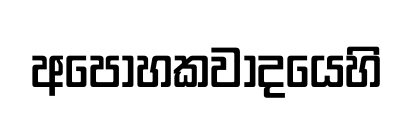
අපෝහකවාදයෙහි